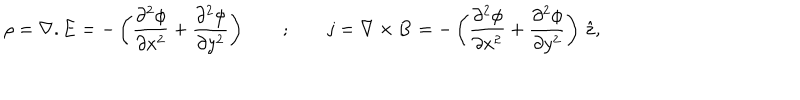
LaTeX: \rho = { \bf \nabla } . { \bf E } = - \left( { \frac { \partial ^ { 2 } \phi } { \partial x ^ { 2 } } } + { \frac { \partial ^ { 2 } \phi } { \partial y ^ { 2 } } } \right) \qquad ; \qquad { \bf j } = { \bf \nabla } \times { \bf B } = - \left( { \frac { \partial ^ { 2 } \phi } { \partial x ^ { 2 } } } + { \frac { \partial ^ { 2 } \phi } { \partial y ^ { 2 } } } \right) \, { \hat { \bf z } } ,